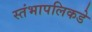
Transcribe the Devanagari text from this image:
स्तंभापलिकडे